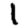
Digit: 1